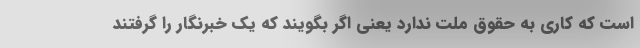
است که کاری به حقوق ملت ندارد یعنی اگر بگویند که یک خبرنگار را گرفتند